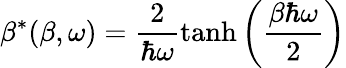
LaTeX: \beta^{*}(\beta,\omega)=\frac{2}{\hbar\omega}\operatorname{tanh}\left(\frac{\beta\hbar\omega}{2}\right)